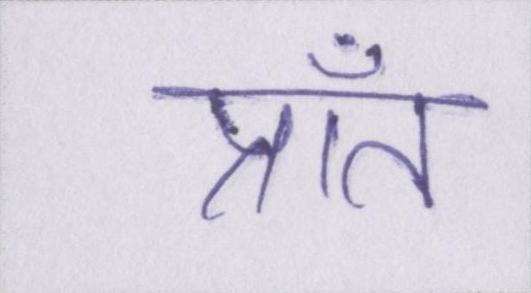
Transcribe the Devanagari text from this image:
प्राँत